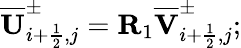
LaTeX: \overline{{\mathbf{U}}}_{i+\frac{1}{2},j}^{\pm}=\mathbf{R}_{1}\overline{{\mathbf{V}}}_{i+\frac{1}{2},j}^{\pm};